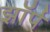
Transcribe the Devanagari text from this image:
झॉर्प